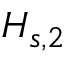
H _ { s , 2 }